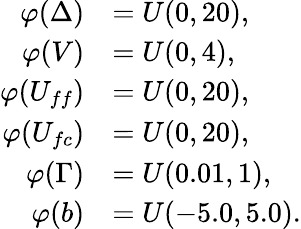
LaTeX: \begin{array}{rl}{\varphi(\Delta)}&{=U(0,20),}\\ {\varphi(V)}&{=U(0,4),}\\ {\varphi(U_{ff})}&{=U(0,20),}\\ {\varphi(U_{fc})}&{=U(0,20),}\\ {\varphi(\Gamma)}&{=U(0.01,1),}\\ {\varphi(b)}&{=U(-5.0,5.0).}\end{array}